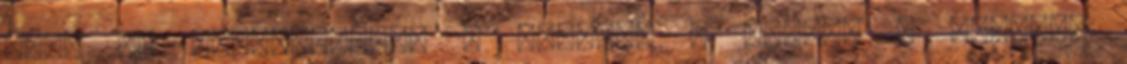
van: az ylang-ylang, a jázmin, a rózsa, a szantál